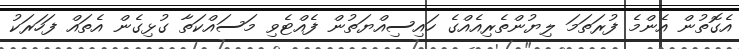
އެގޮތުން އެންމެ ފުރަތަމަ ލިޔުންތެރިއެއްގެ ހައިސިއްޔަތުން ފެއްޓެވި މަސައްކަތާ ގުޅިގެން އެތައް ފަހަރަކު